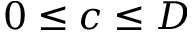
0 \le c \le D